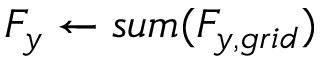
F _ { y } \gets s u m ( F _ { y , g r i d } )